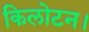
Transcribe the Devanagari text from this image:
किलोटन।